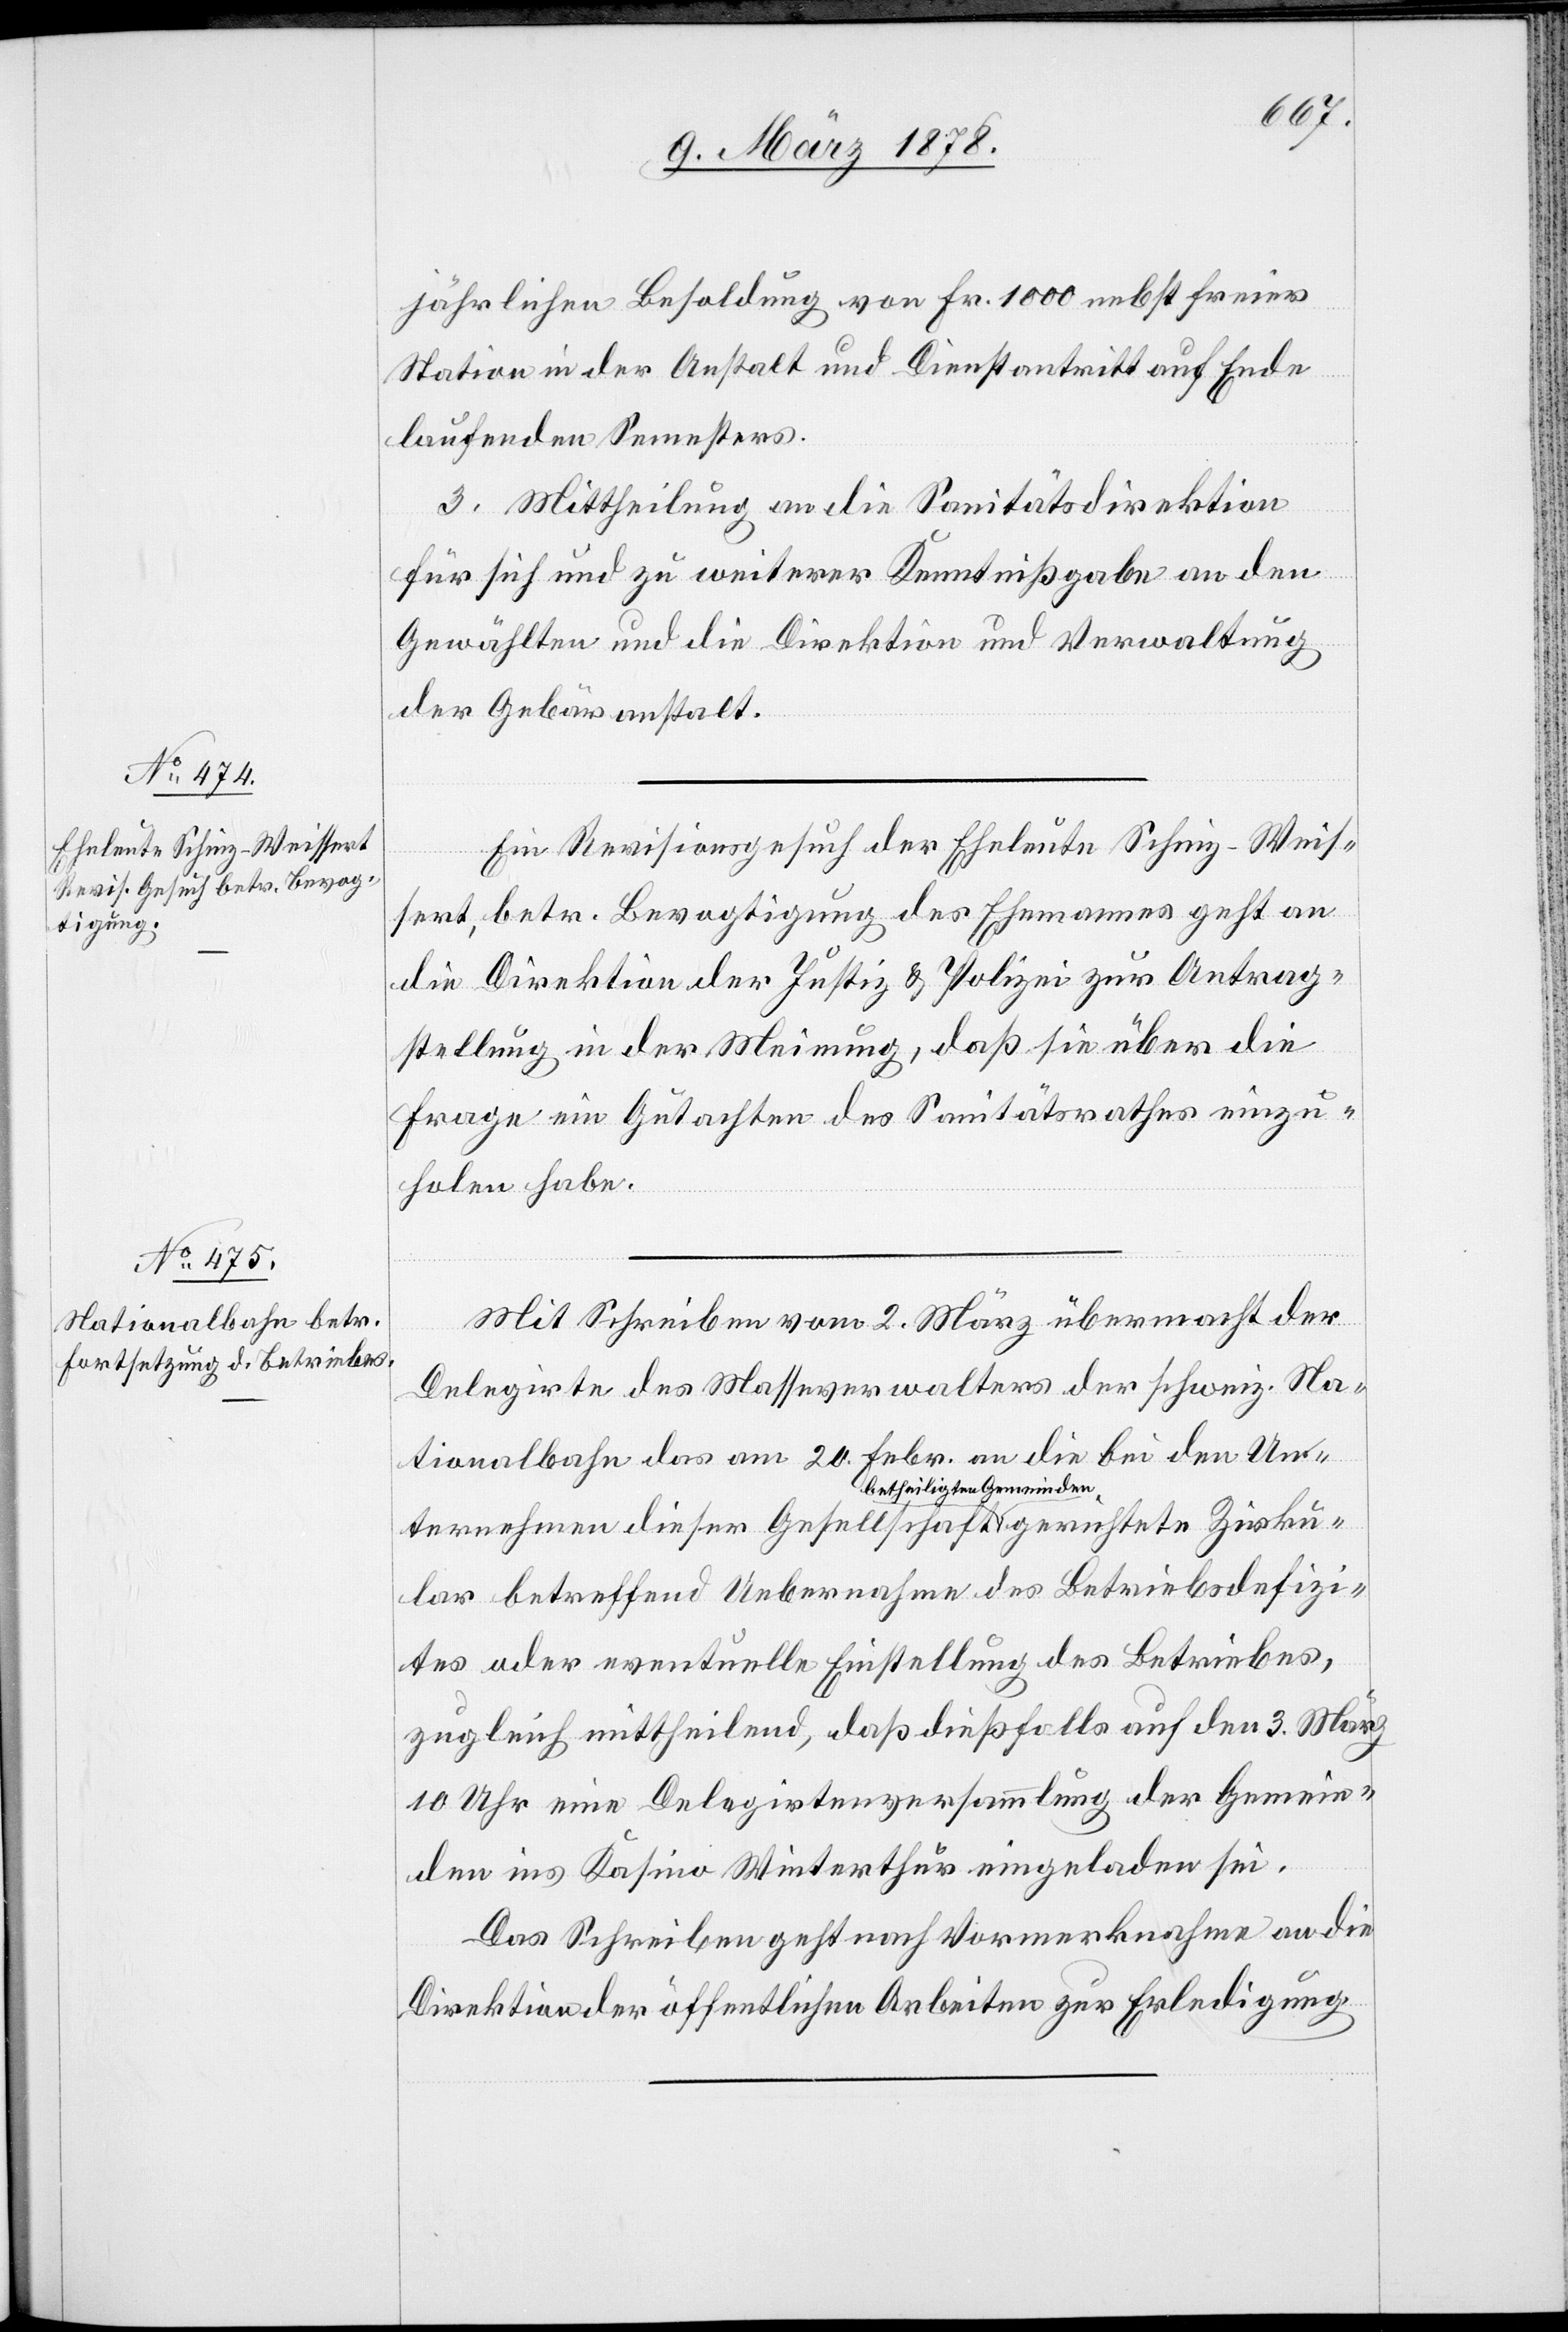
Zirku¬
jährlichen Besoldung von Fr. 1000 nebst freier
Station in der Anstalt und Dienstantritt auf Ende
laufenden Semesters.
3. Mittheilung an die Sanitätsdirektion
für sich und zu weiterer Kenntnißgabe an den
Gewählten und die Direktion und Verwaltung
der Gebäranstalt.
Ein Revisionsgesuch der Eheleute Schinz-Weis¬
sert, betr. Bevogtigung des Ehemannes geht an
die Direktion der Justiz & Polizei zur Antrag¬
stellung in der Meinung, daß sie über die
Frage ein Gutachten des Sanitätsrathes einzu¬
holen habe.
Mit Schreiben vom 2. März übermacht der
Delegirte des Wasserverwalters der schweiz. Na¬
tionalbahn das am 20. Febr. an die bei den Un¬
ternehmen dieser Gesellschaft betheiligten Gemeinden
lar betreffend Uebernahme des Betriebsdefizi¬
tes oder eventuelle Einstellung des Betriebes,
zugleich mittheilend, daß dießfalls auf den 3. März
10 Uhr eine Delegirtenversammlung der Gemein¬
den ins Kasino Winterthur eingeladen sei.
Das Schreiben geht nach Vormerknahme an die
Direktion der öffentlichen Arbeiten zur Erledigung.